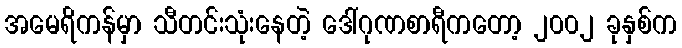
အမေရိကန်မှာ သီတင်းသုံးနေတဲ့ ဒေါ်ဂုဏစာရီကတော့ ၂၀၀၂ ခုနှစ်က